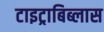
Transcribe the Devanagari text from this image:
टाइट्राबिब्लास